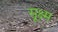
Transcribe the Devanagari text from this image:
सू़क्ष्म